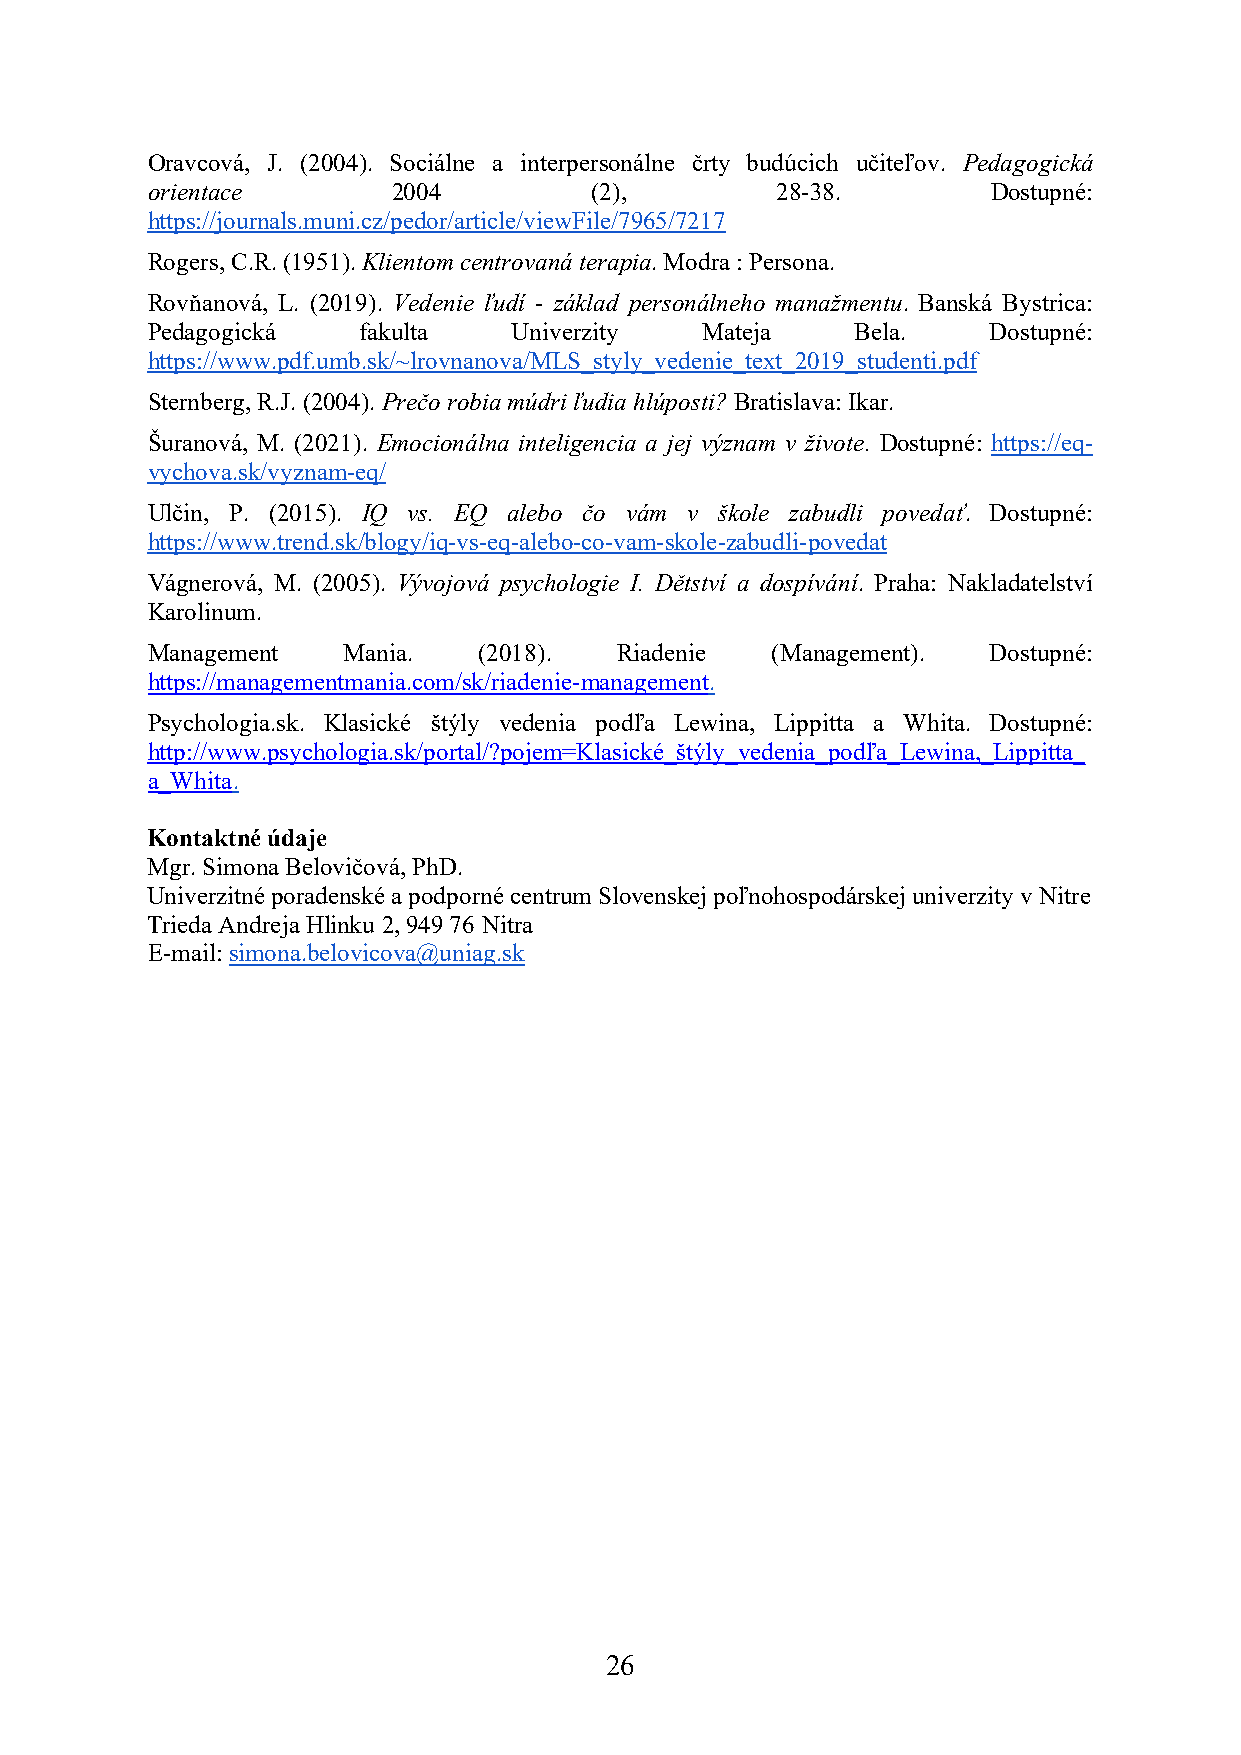
Oravcová, J. (2004). Sociálne a interpersonálne črty budúcich učiteľov. Pedagogická
 orientace       2004         (2),        28-38.         Dostupné:
 https://journals.muni.cz/pedor/article/viewFile/7965/7217
 Rogers, C.R. (1951). Klientom centrovaná terapia. Modra : Persona.
 Rovňanová, L. (2019). Vedenie ľudí - základ personálneho manažmentu. Banská Bystrica:
 Pedagogická   fakulta   Univerzity  Mateja     Bela.    Dostupné:
 https://www.pdf.umb.sk/~lrovnanova/MLS_styly_vedenie_text_2019_studenti.pdf
 Sternberg, R.J. (2004). Prečo robia múdri ľudia hlúposti? Bratislava: Ikar.
 Šuranová, M. (2021). Emocionálna inteligencia a jej význam v živote. Dostupné: https://eq-
 vychova.sk/vyznam-eq/
 Ulčin, P. (2015). IQ vs. EQ alebo čo vám v škole zabudli povedať. Dostupné:
 https://www.trend.sk/blogy/iq-vs-eq-alebo-co-vam-skole-zabudli-povedat
 Vágnerová, M. (2005). Vývojová psychologie I. Dětství a dospívání. Praha: Nakladatelství
 Karolinum.
 Management   Mania.   (2018).  Riadenie  (Management).  Dostupné:
 https://managementmania.com/sk/riadenie-management.
 Psychologia.sk. Klasické štýly vedenia podľa Lewina, Lippitta a Whita. Dostupné:
 http://www.psychologia.sk/portal/?pojem=Klasické_štýly_vedenia_podľa_Lewina,_Lippitta_
 a_Whita.
 Kontaktné údaje
 Mgr. Simona Belovičová, PhD.
 Univerzitné poradenské a podporné centrum Slovenskej poľnohospodárskej univerzity v Nitre
 Trieda Andreja Hlinku 2, 949 76 Nitra
 E-mail: simona.belovicova@uniag.sk
 26